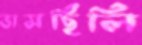
ভাসছিলি